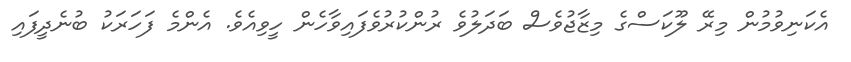
އެކަނިވުމުން މިރޭ ލޫކަސްގެ މިޒާޖުވެސް ބަދަލުވެ ރުންކުރުވެފައިވާހެން ހީވިއެވެ. އެންމެ ފަހަރަކު ބުނެދީފައި